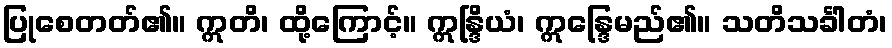
ပြုစေတတ်၏။ ဣတိ၊ ထို့ကြောင့်။ ဣန္ဒြိယံ၊ ဣန္ဒြေမည်၏။ သတိသင်္ခါတံ၊